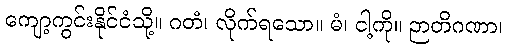
ကျော့ကွင်းနိုင်ငံသို့။ ဂတံ၊ လိုက်ရသော။ မံ၊ ငါ့ကို။ ဉာတိဂဏာ၊